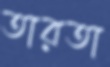
তারতা